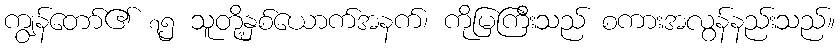
ကျွန်တော်၏ ၇၅ သူတို့နှစ်ယောက်အနက်၊ ကိုမြကြီးသည် စကားအလွန်နည်းသည်။